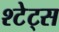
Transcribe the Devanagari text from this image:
श्टेट्स